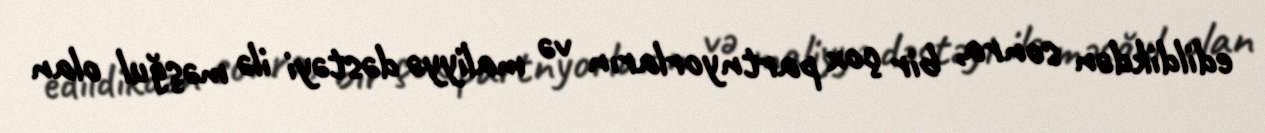
edildikdən sonra, bir çox partnyorların və maliyyə dəstəyi ilə məşğul olan